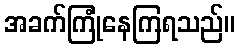
အခက်ကြုံနေကြရသည်။